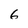
Character: 6